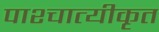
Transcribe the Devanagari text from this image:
पाश्चात्यीकृत